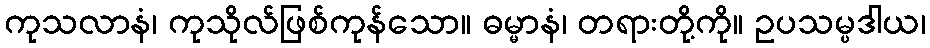
ကုသလာနံ၊ ကုသိုလ်ဖြစ်ကုန်သော။ ဓမ္မာနံ၊ တရားတို့ကို။ ဥပသမ္ပဒါယ၊